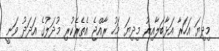
މިދިޔަ އަހަރާ އަޅާބަލާއިރު މިދިޔަ މަހު ރާއްޖެ އެތެރެކުރި މުދަލުގެ އަދަދު ވަނީ